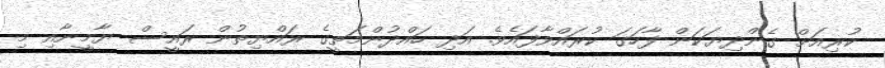
ކުރިއަށް ގެންދިޔަކަން ފާހަގަ ކުރައްވާފައެވެ. އަދި ހައްދުންމަތީގެ ރައްޔިތުން ރައީސް ޔާމީނާއި މި